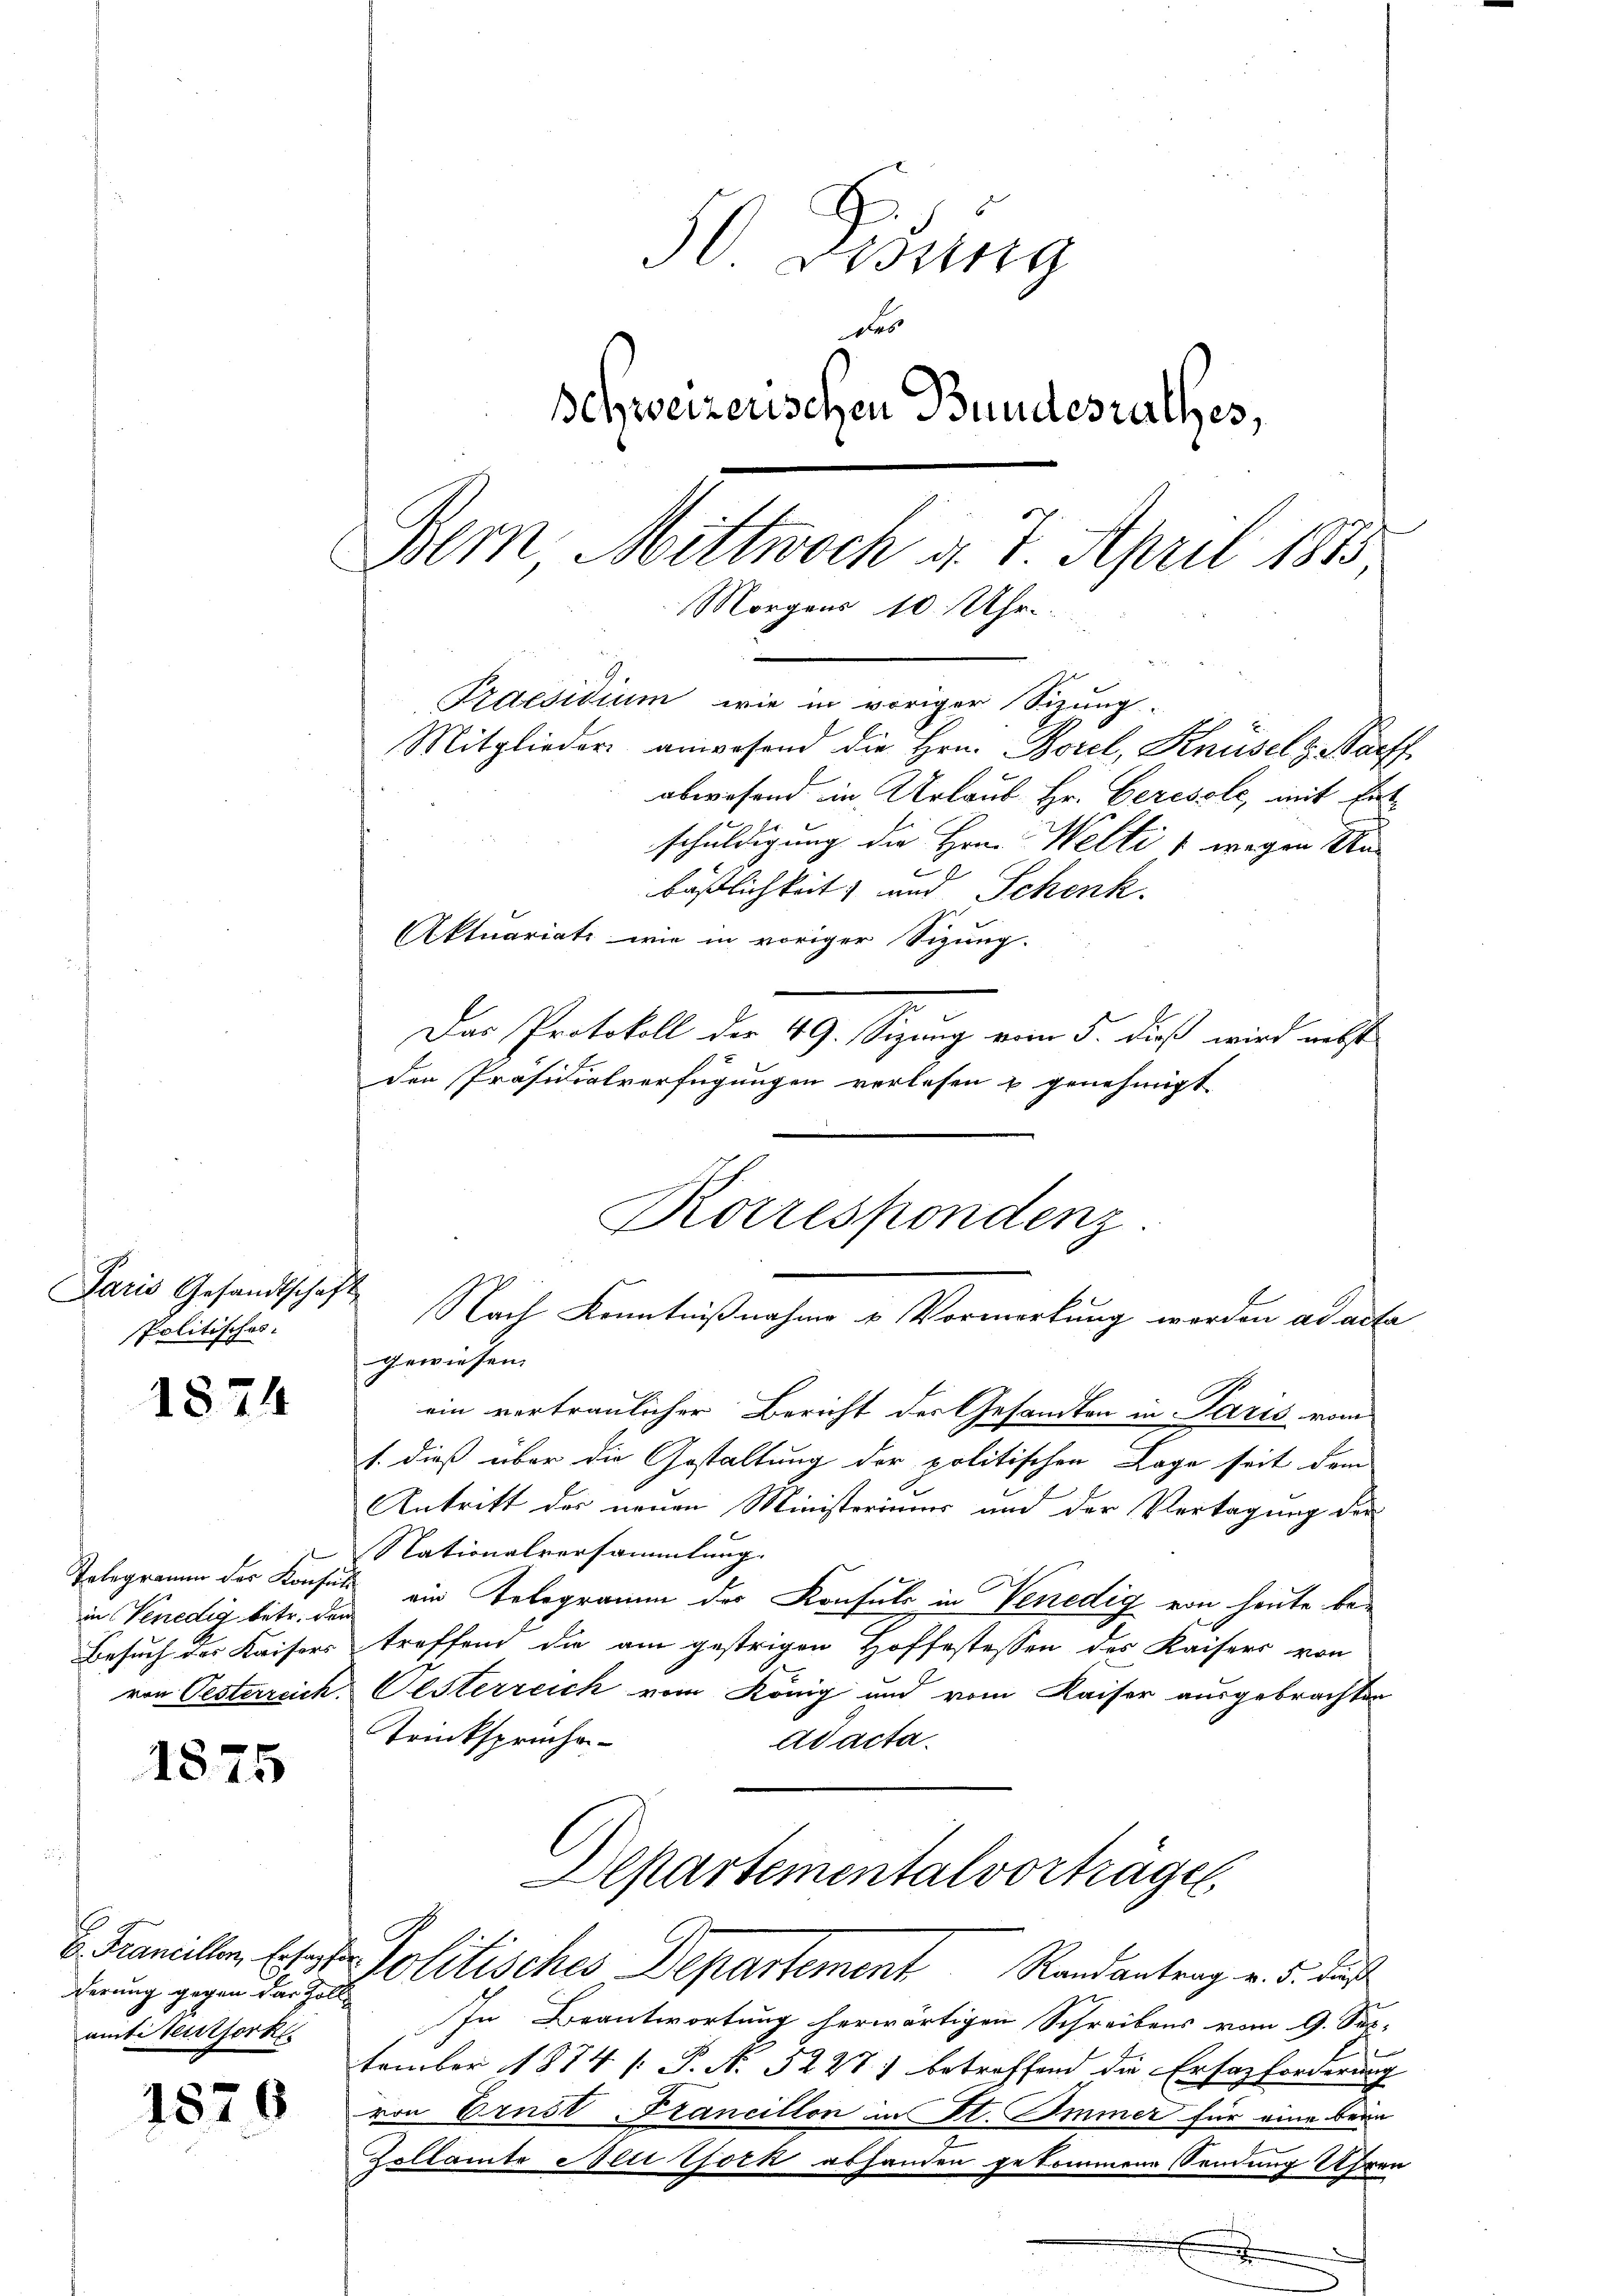
Paris Gesandtschaft
Politisches.

1874

Telegramm des Konfein Venedig betr. der
Besuch der Kaisers
von Pesterreich

1875

derung gegen das Zollamti Seitserke

1876

50 Lisung
des
Behweizerischen Bundesrathes,
Bern Mittwoch d. 7. April 1875
Morgens 10. Uhr.

Praesidium wie in voriger Sizung.
Mitglieder anwesend die Hrn. Borel, Knüsels Waff
abwesend in Urlaub Hr. Ceresole, mit Entschuldigung die Hrn. Welti 1 wegen Re
bäßlichkeit, und Schenk.
Das Protokoll der 49. Sizung vom 5. dieß wird nebst
den Präsidialverfügungen verlesen u genehmigt
gewiesen.
ein vertraulicher Bericht der Gesandten in Paris vom
1. dieß über die Gestaltung der politischen Lage seit dem
Antritt der neuen Ministeriums und der Vertagung der
Nationalversammlung.
ein Telegramm der Konsuls in Venedig von heute betreffend die am gestrigen Hoffestessen des Kaisers von
Oesterreich vom König und vom Kaiser ausgebrachten
Trinkspruche
Adacta.
Departemental vorträgen,
E. Famillen, Josef Politisches Departement Randantrag v. 5. daß
In Beantwortung herwärtigen Schreibens vom 9. Sep-
tember 1874 [ P. N. 5227) betreffend die Ersatzforderung
von Ernst-Krancillon in St. Immer für eine beim
Zollamte Mit Tork abhanden gekommene Sendung Uhren

Aktuariats wie in voriger Sizung.

Korrespondenz
Nach Kenntnißnahme u. Vormerkung worden ad acta